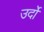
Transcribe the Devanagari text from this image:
उर्दो